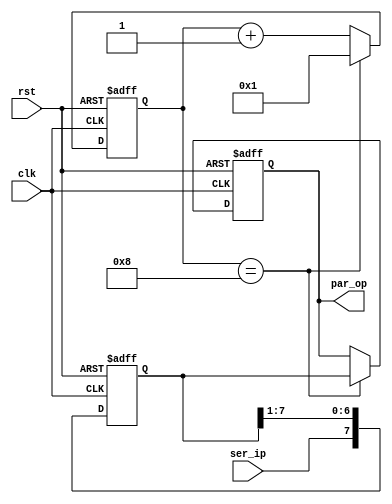
`timescale 1ns / 1ps
//////////////////////////////////////////////////////////////////////////////////
// Company: 
// Engineer: 
// 
// Design Name: 
// Module Name: sipo_block
// Project Name: 
// Target Devices: 
// Tool Versions: 
// Description: 
// 
// Dependencies: 
// 
// Revision:
// Revision 0.01 - File Created
// Additional Comments:
// 
//////////////////////////////////////////////////////////////////////////////////


//module sipo_block(
//    input clk,
//    input rst,
//    input ser_ip,
//    output reg [7:0] par_op
//    );
//    reg [7:0] temp ;
//    reg [3:0] count ;
//    always@ (posedge clk or negedge rst)
//    begin
//     if(!rst)
//      begin
//        temp = 8'b0 ;
//        par_op = 8'bz ;
//        count = 0 ;
//      end
//     else if(count==8)
//      begin
//        count = 1 ;
//        par_op = temp ;
//        temp[7] = ser_ip ;
//        temp = temp >> 1 ;
//      end 
//     else
//      begin
//        count = count + 1 ;
//        temp[7] = ser_ip ;
//        temp = temp >> 1 ;
//      end 
//    end
    
//endmodule

module sipo_block(
    input clk,
    input rst,
    input ser_ip,
    output reg [7:0] par_op
    );
    reg [7:0] temp ;
    reg [3:0] count ;
    always@ (posedge clk or negedge rst)
    begin
     if(!rst)
      begin
        temp = 8'b0 ;
        par_op = 8'bx ;
        count = 0 ;
      end
     else if(ser_ip==1'b1 || ser_ip==1'b0)
      begin
       if (count==8)
        begin
        count = 1 ;
        par_op = temp ;
        //temp[7] = ser_ip ;
        //temp = temp >> 1 ;
        temp = temp >> 1 ;
        temp[7] = ser_ip ;
        end 
       else
        begin
        count = count + 1 ;
        //temp[7] = ser_ip ;
        //temp = temp >> 1 ;
        temp = temp >> 1 ;
        temp[7] = ser_ip ;
        end 
      end 
    else
     begin
       par_op = 8'bx ;
     end
   end
    
endmodule